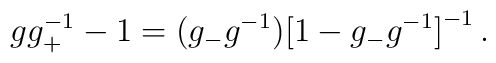
gg_+^{-1}-1=(g_-g^{-1})\bigl[ 1-g_-g^{-1}\bigr] ^{-1}\, .